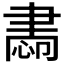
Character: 𦘝